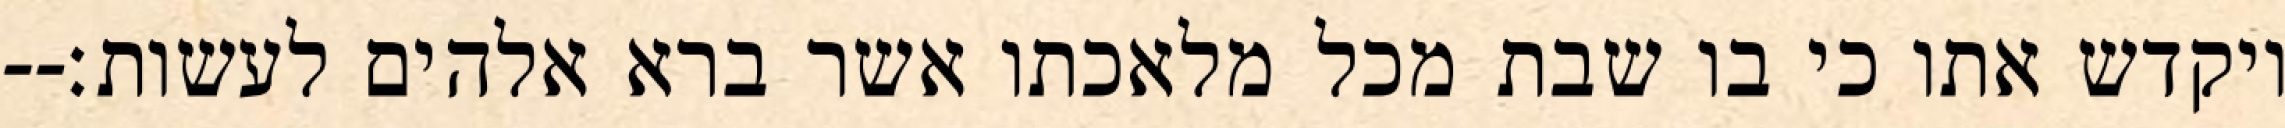
ויקדש אתו כי בו שבת מכל מלאכתו אשר ברא אלהים לעשות׃--